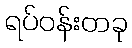
ရပ်ဝန်းတခု